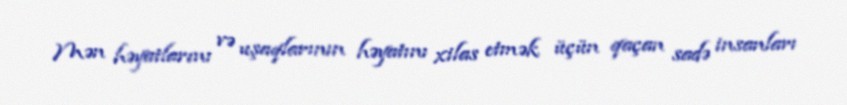
Mən həyatlarını və uşaqlarının həyatını xilas etmək üçün qaçan sadə insanları